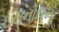
ઇથનોલના